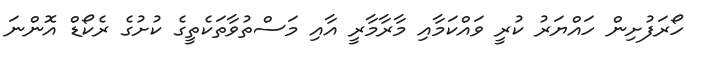
ހޯރަފުށިން ހައްޔަރު ކުރީ ވައްކަމާއި މާރާމާރީ އާއި މަސްތުވާތަކެތީގެ ކުށުގެ ރެކޯޑް އޮންނަ